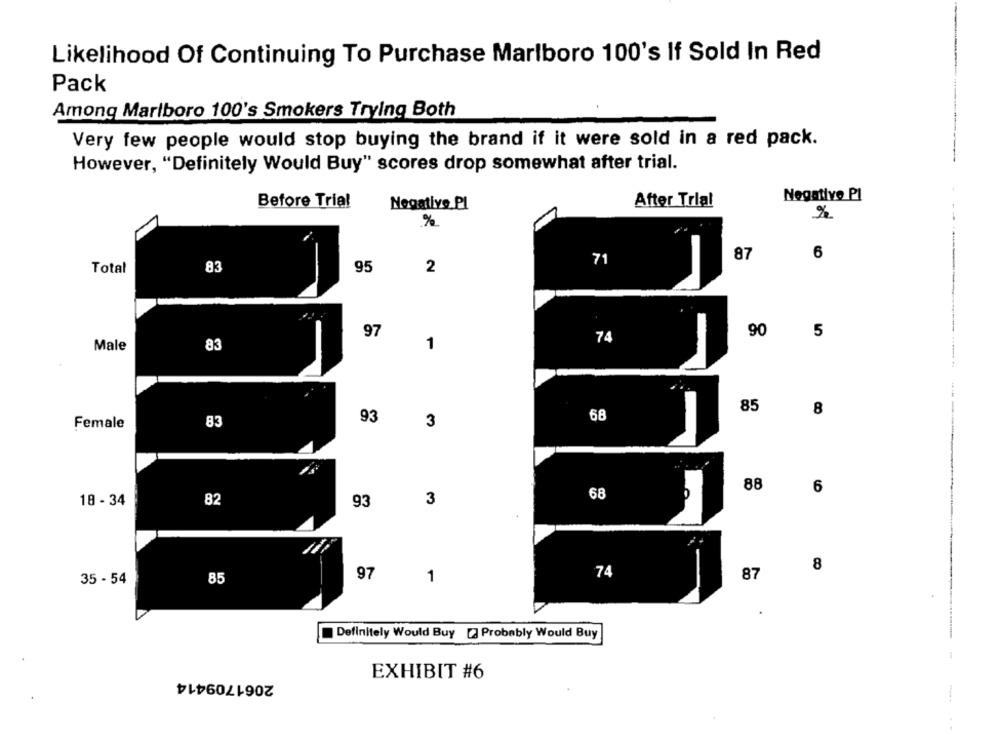
Likelihood Of Continuing To Purchase Marlboro 100's If Sold In Red
Pack
Among Marlboro 100's Smokers Trying Both
Very few people would stop buying the brand if it were sold in a red pack.
However, "Definitely Would Buy" scores drop somewhat after trial.
Negative Pl
Before Tria!
Negative Pl
After Trial
%
%
87
6
71
Total
83
95
2
97
90
5
74
Male
83
1
85
8
83
93
3
68
Female
88
6
68
18 - 34
82
93
3
8
85
97
1
74
87
35 - 54
Definitely Would Buy [2 Probably Would Buy
2061709414
EXHIBIT #6